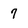
Character: 7